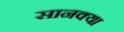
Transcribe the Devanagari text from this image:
सानक्या